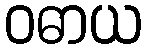
ဝဓာယ